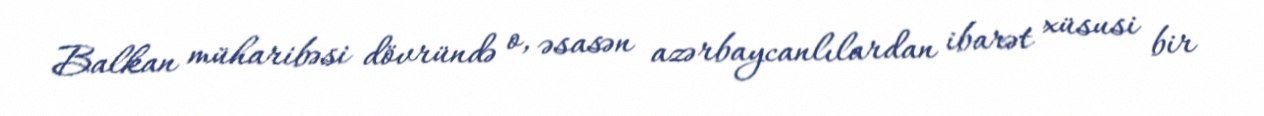
Balkan müharibəsi dövründə o, əsasən azərbaycanlılardan ibarət xüsusi bir